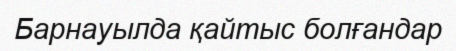
Барнауылда қайтыс болғандар